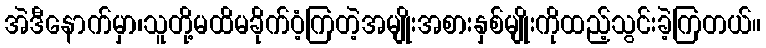
အဲဒီနောက်မှာ၊သူတို့မထိမခိုက်ဝံ့ကြတဲ့အမျိုးအစားနှစ်မျိုးကိုထည့်သွင်းခဲ့ကြတယ်။